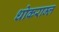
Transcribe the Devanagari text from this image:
धोकराम्ल